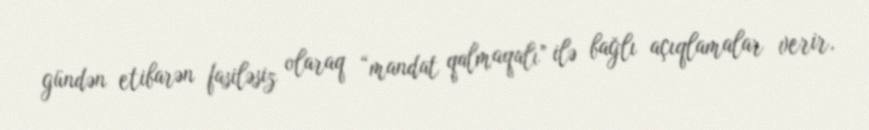
gündən etibarən fasiləsiz olaraq “mandat qalmaqalı” ilə bağlı açıqlamalar verir,